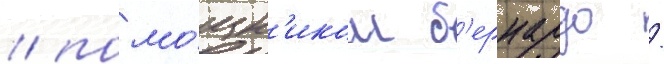
/ помо́щн'иком б'ернардо /